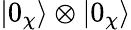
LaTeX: |0_{\chi}\rangle\otimes|0_{\chi}\rangle